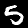
Digit: 5